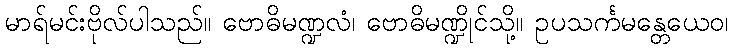
မာရ်မင်းဗိုလ်ပါသည်။ ဗောဓိမဏ္ဍလံ၊ ဗောဓိမဏ္ဍိုင်သို့။ ဥပသင်္ကမန္တေယေဝ၊